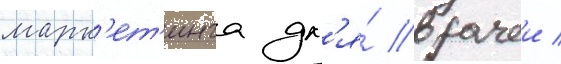
марк'ет'инга дл'я́ врачеи /